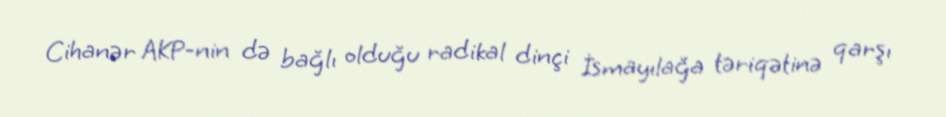
Cihanər AKP-nin də bağlı olduğu radikal dinçi İsmayılağa təriqətinə qarşı